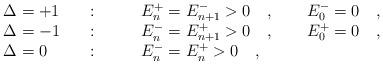
LaTeX: \begin{align*}\begin{array}{@{}lll@{}}\Delta =+1\quad &: \qquad & E_{n}^+=E_{n+1}^->0\quad,\qquad E_{0}^-=0\quad ,\\\Delta =-1\quad &: \qquad & E_{n}^-=E_{n+1}^+>0\quad,\qquad E_{0}^+=0\quad ,\\\Delta =0\quad &: \qquad & E_{n}^-=E_{n}^+>0 \quad ,\end{array}\end{align*}